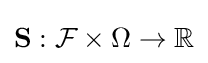
\mathbf {S} :{\mathcal {F}}\times \Omega \rightarrow \mathbb {R}